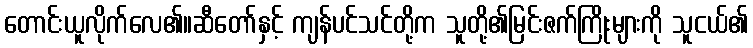
တောင်းယူလိုက်လေ၏။ဆီတော်နှင့် ကျန်ပင်သင်တို့က သူတို့၏မြင်းဇက်ကြိုးများကို သူငယ်၏